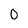
Character: 0